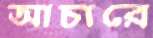
আচারে